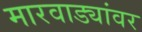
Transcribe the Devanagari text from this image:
मारवाड्यांवर